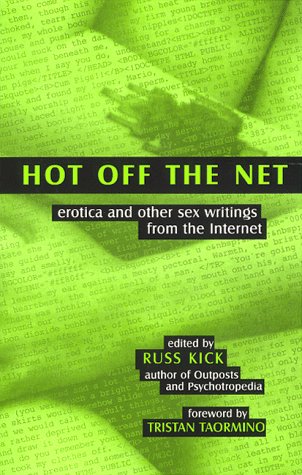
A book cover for Hot Off the Net; Romance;